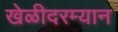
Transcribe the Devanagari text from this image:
खेळीदरम्यान